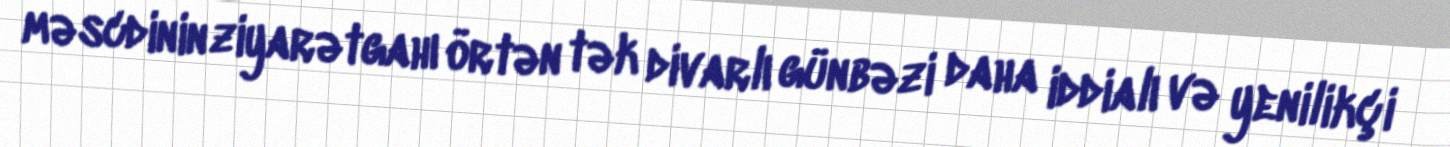
məscdinin ziyarətgahı örtən tək divarlı günbəzi daha iddialı və yenilikçi